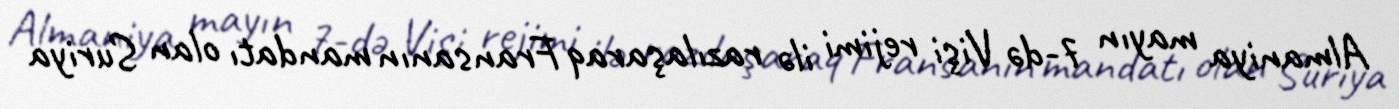
Almaniya mayın 7-də Vişi rejimi ilə razılaşaraq Fransanın mandatı olan Suriya